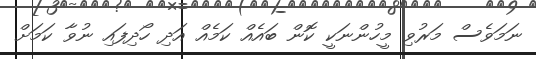
ނަމަވެސް މަރުވި މީހުންނަކީ ކޮން ބައެއް ކަމެއް އަދި ހޯދިފައި ނުވާ ކަމަށް